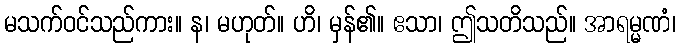
မသက်ဝင်သည်ကား။ န၊ မဟုတ်။ ဟိ၊ မှန်၏။ ဧသာ၊ ဤသတိသည်။ အာရမ္မဏံ၊